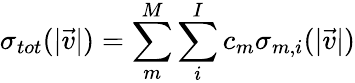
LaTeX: \sigma_{tot}(|\vec{v}|)=\sum_{m}^{M}\sum_{i}^{I}c_{m}\sigma_{m,i}(|\vec{v}|)